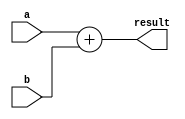
module sum (
  input wire [31:0] a, b, 
  output wire [31:0] result
);
  assign result = a + b;
endmodule